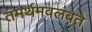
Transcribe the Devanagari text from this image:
तमर्थमवलंबते